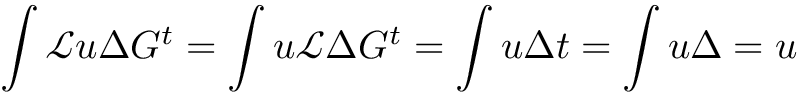
\int \mathcal { L } u \Delta G ^ { t } = \int u \mathcal { L } \Delta G ^ { t } = \int u \Delta t = \int u \Delta = u